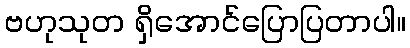
ဗဟုသုတ ရှိအောင်ပြောပြတာပါ။